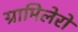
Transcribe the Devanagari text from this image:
ग्रामिलेरो